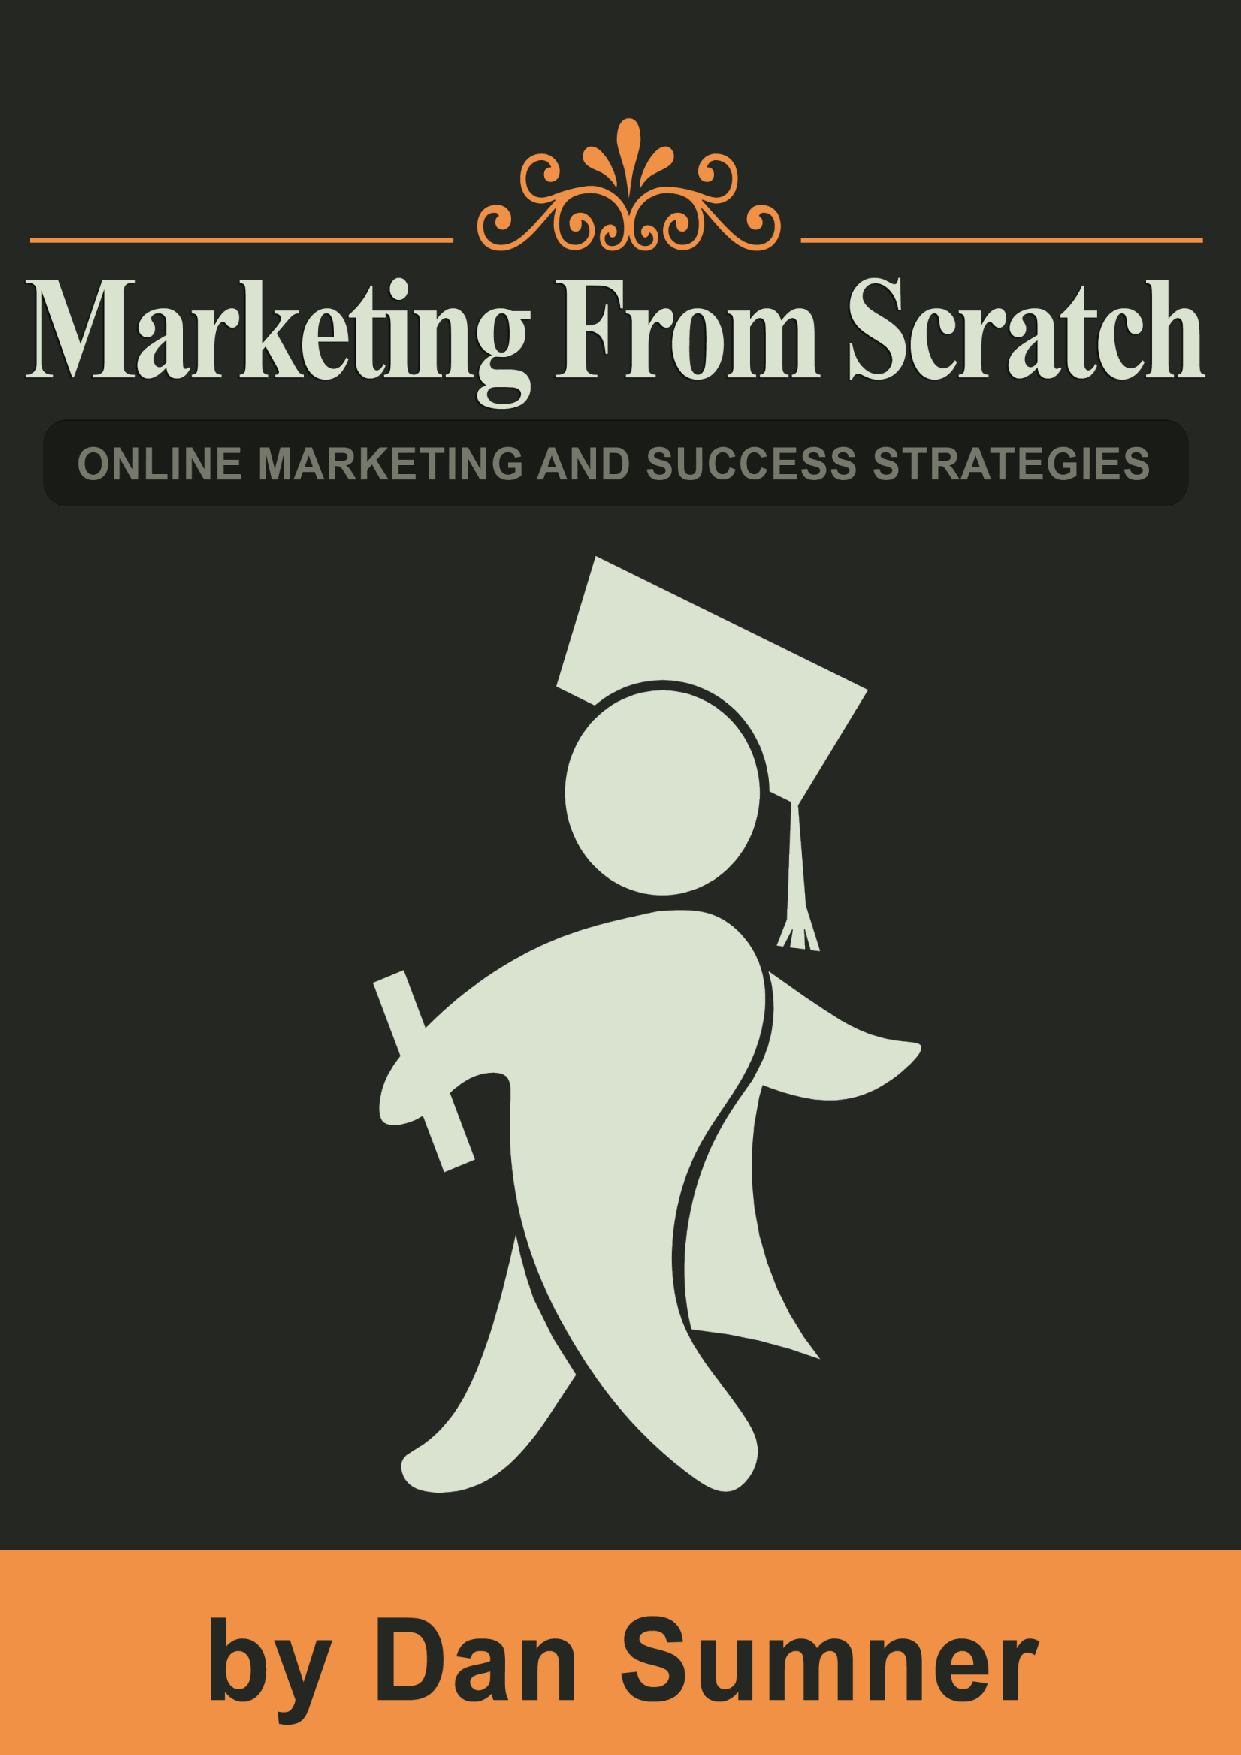
More free information and services at DanSumner.com
 Marketing From Scratch - by Dan Sumner                          1